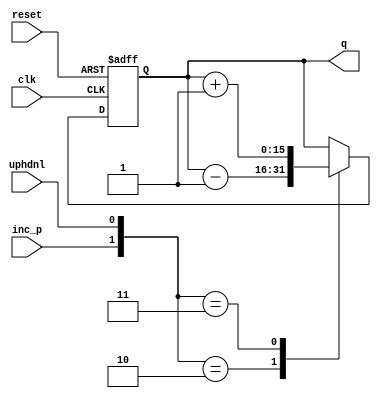
`timescale 1ns / 1ps
//****************************************************************// 
//                                                                // 
//  Created by       Thomas Nguyen on 9/13/18    .                // 
//  Copyright c 2018 Thomas Nguyen. All rights reserved.          // 
//                                                                // 
//                                                                // 
//  In submitting this file for class work at CSULB               // 
//  I am confirming that this is my work and the work             // 
//  of no one else. In submitting this code I acknowledge that    // 
//  plagiarism in student project work is subject to dismissal.   //  
//  from the class                                                // 
//****************************************************************// 
/* Description: 
 *  A counter that checks for input from inc_p and uphdnl to either
 *  increment or decrement the output. If inc_p is a 0 then it
 *  doesn't do either and output gets itself.
 */
module counter(clk, reset, inc_p, uphdnl, q);
   input             clk, reset, inc_p, uphdnl;
   output reg [15:0] q;

   always@(posedge clk or posedge reset)
      if(reset) q<= 16'b0; else
         case({inc_p, uphdnl})
            2'b10: q<=q-16'b1;
            2'b11: q<=q+16'b1;
            default: q<=q;
         endcase
         
endmodule